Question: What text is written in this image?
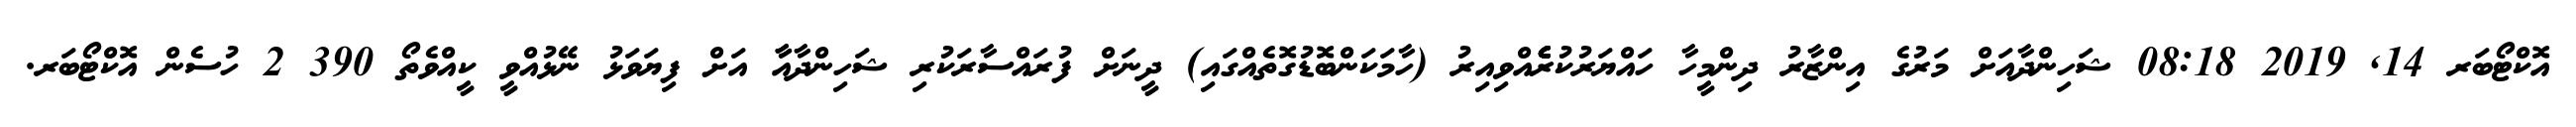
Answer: އޮކްޓޯބަރ 14, 2019 08:18 ޝަހިންދާއަށް މަރުގެ އިންޒާރު ދިންމީހާ ހައްޔަރުކުރެެެެެއްވިއިރު (ހާމަކަންބޮޑުގޮތެއްގައި) ދީނަށް ފުރައްސާރަކުރި ޝަހިންދާއާާ އަށް ފިޔަވަޅު ނޭޅުއްވީ ކީއްވެތޯ 390 2 ހުސެން އޮކްޓޯބަރ.